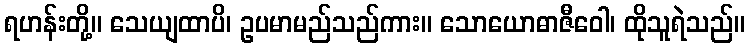
ရဟန်းတို့။ သေယျထာပိ၊ ဥပမာမည်သည်ကား။ သောယောဓာဇီဝေါ၊ ထိုသူရဲသည်။